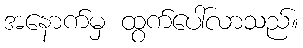
အနောက်မှ ထွက်ပေါ်လာသည်။